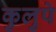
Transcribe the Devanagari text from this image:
कुलुपे